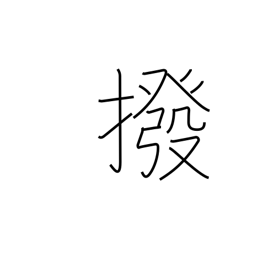
Meaning: exclude